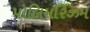
પોલિમરિઝમ